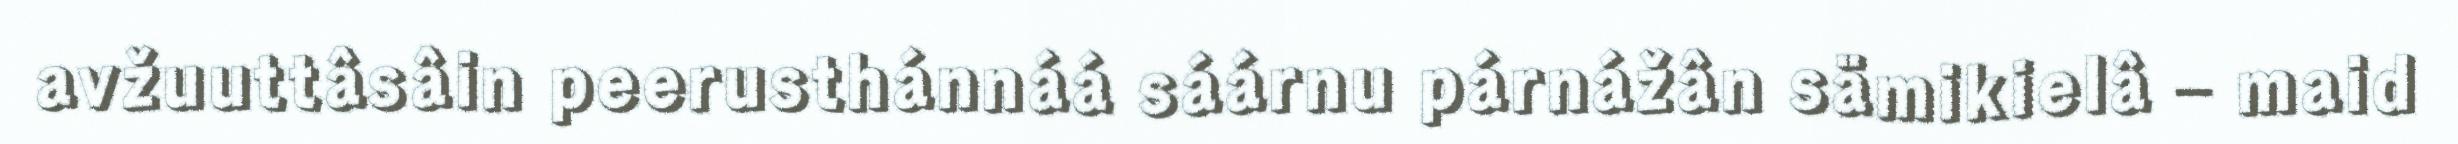
avžuuttâsâin peerusthánnáá sáárnu párnážân sämikielâ – maid